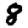
Digit: 8